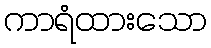
ကာရံထားသော